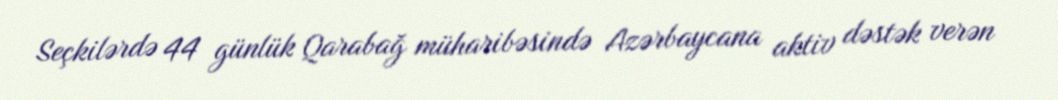
Seçkilərdə 44 günlük Qarabağ müharibəsində Azərbaycana aktiv dəstək verən